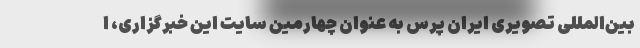
بین‌المللی تصویری ایران پرس به عنوان چهارمین سایت این خبرگزاری، ا